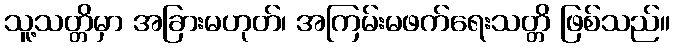
သူ့သတ္တိမှာ အခြားမဟုတ်၊ အကြမ်းမဖက်ရေးသတ္တိ ဖြစ်သည်။